Eesti_Vabariigi_Tartu_Ulikool, lk 110
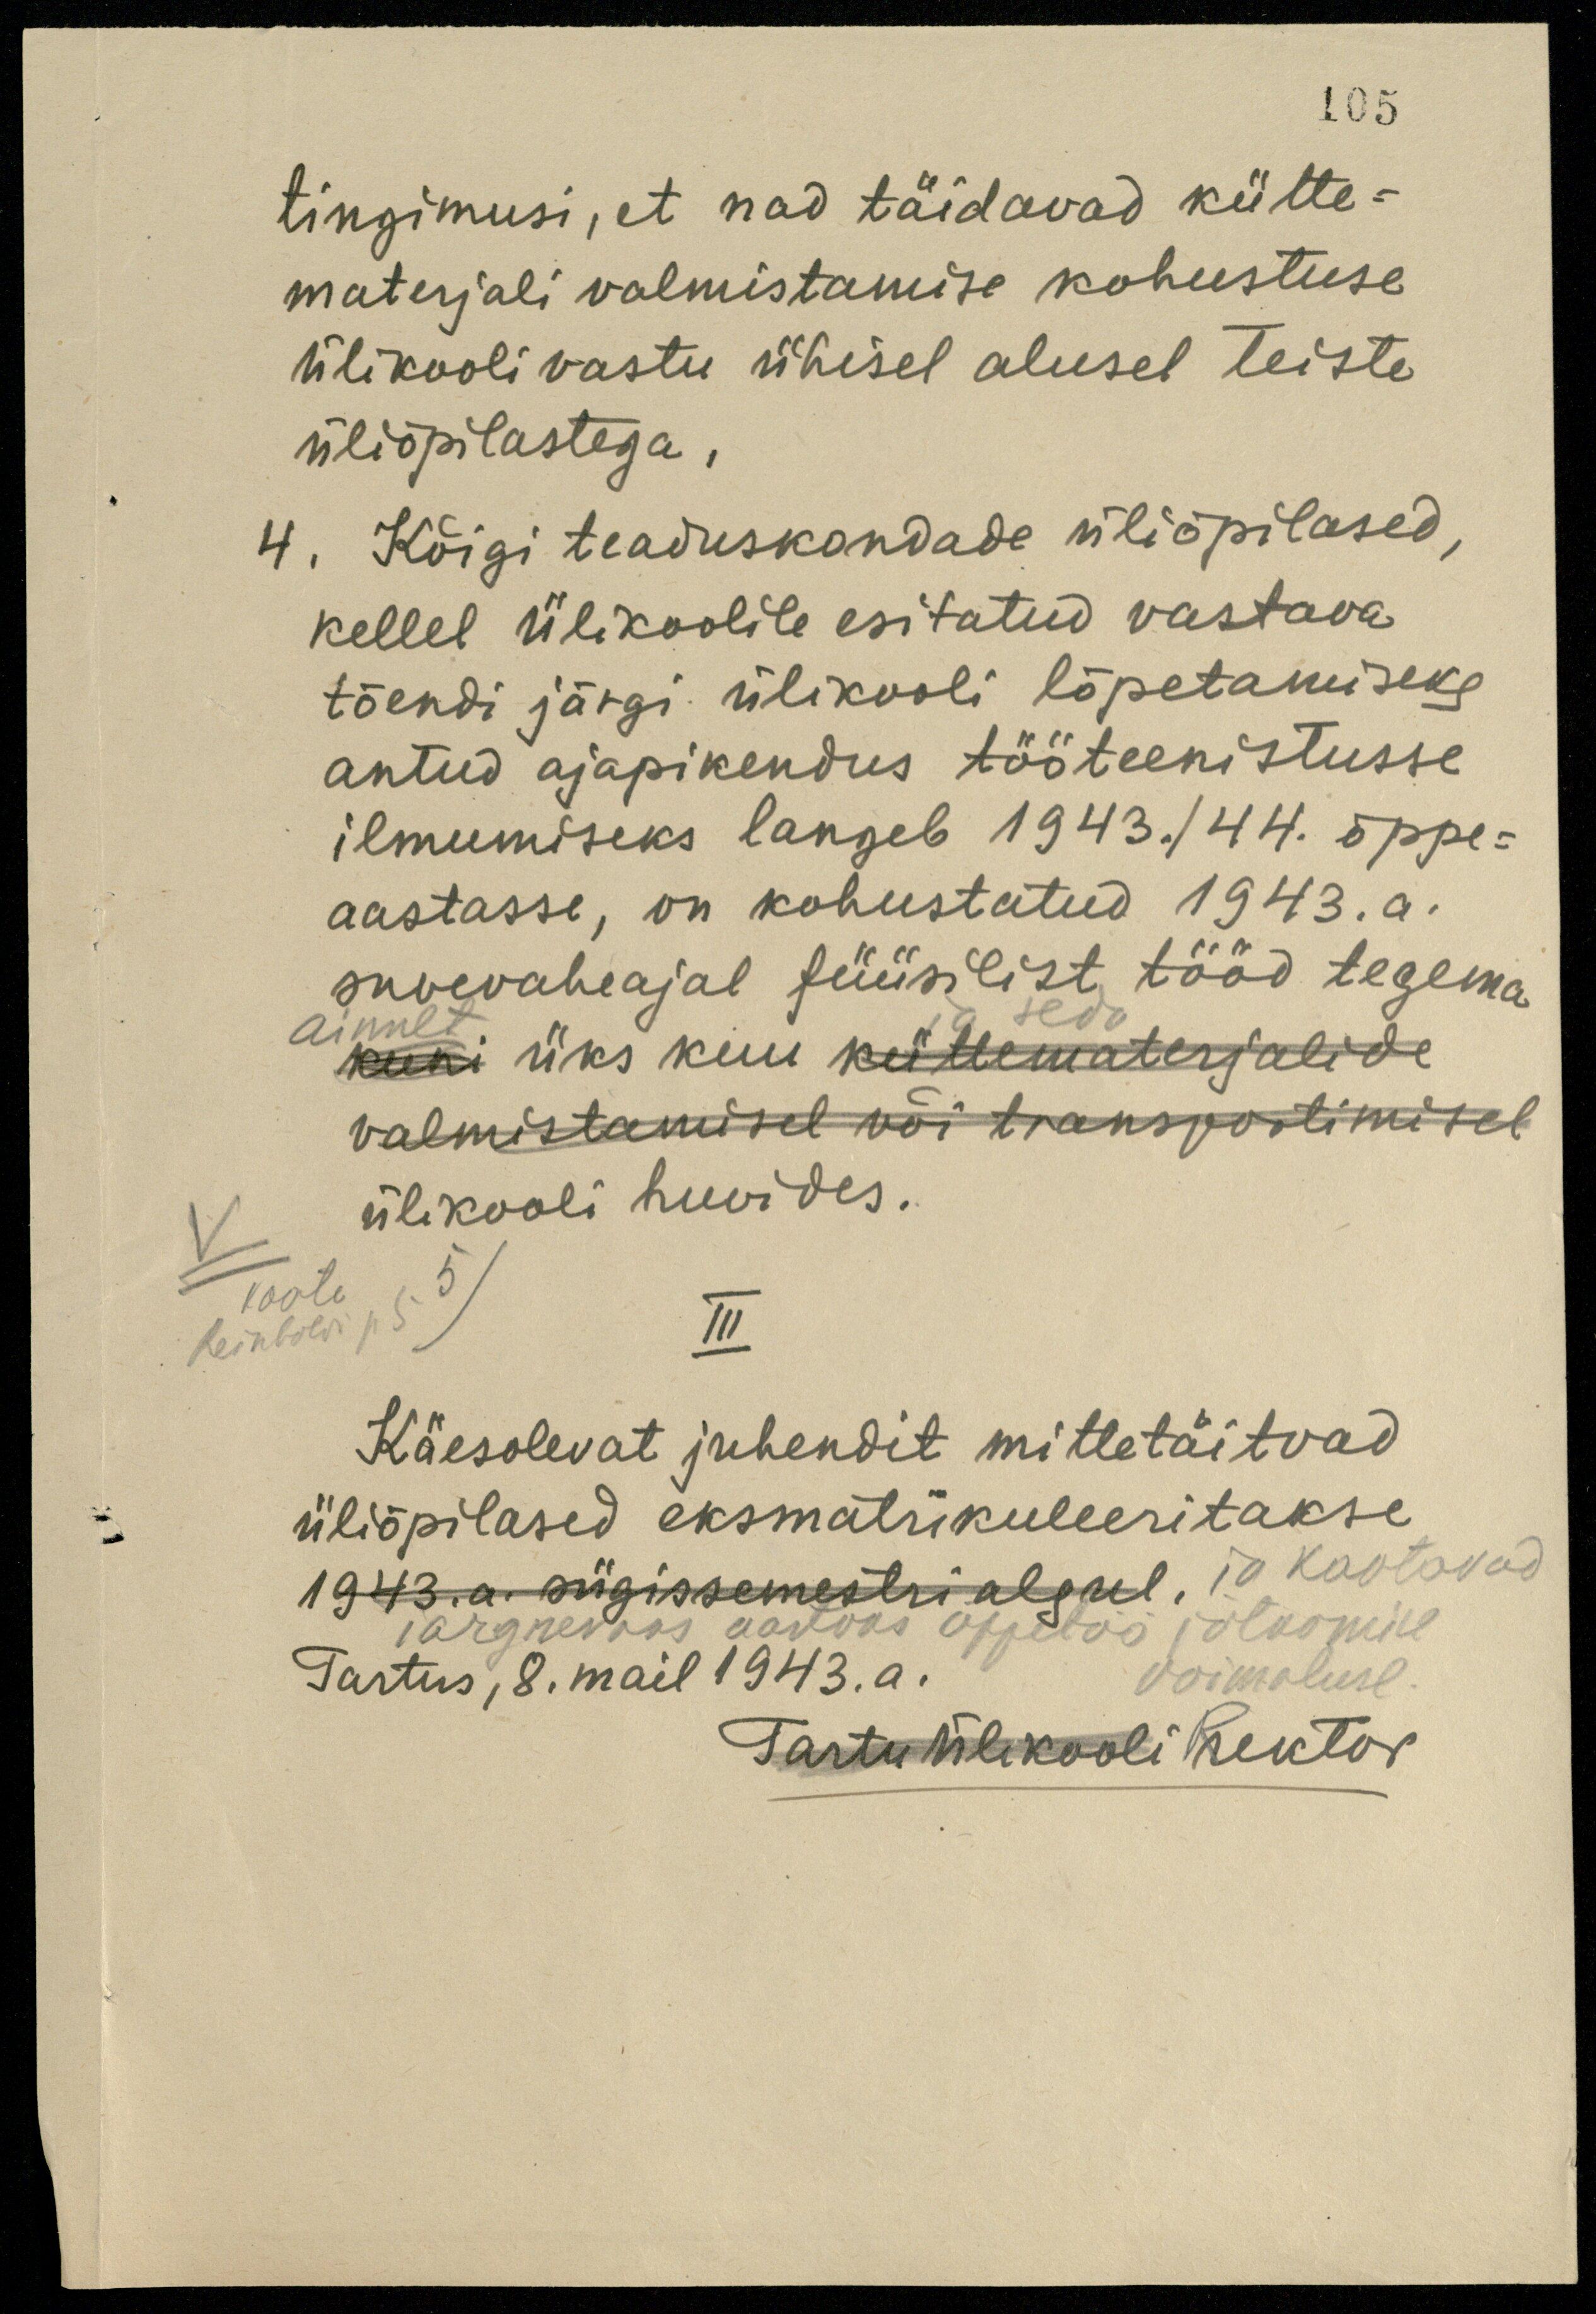
105
tingimusi, et nad täidavad kütte-
materjali valmistamise kohustuse
ülikooli vastu ühisel alusel teiste
üliõpilastega,
4. Kõigi teaduskondade üliõpilased,
kellel Ülikoolile esitatud vastava
tõendi järgi ülikooli lõpetamiseks
antud ajapikendus tööteenistusse
ilmumiseks langeb 1943./44. õppe-
aastasse, on kohustatud 1943. a.
suvevaheajal füüsilist tööd tegema
ja seda
kuni üks kuu küttematerjalide
ainult
valmistamisel või transportimisel
ülikooli huvides.
vaata 5 )
III
Reinholdi p 5
Käesolevat juhendit mittetäitvad
üliõpilased eksmatrikuleeritakse
1943. a. sügissemestri algul, ja kaotavad
järgnevaks aastaks õppetöö jätkamise
võimaluse.
Tartus, 8. mail 1943.a.
Tartu Ülikooli Rektor